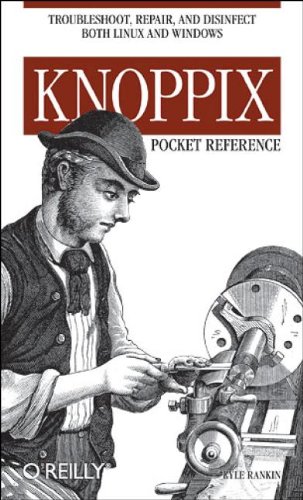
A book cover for Knoppix Pocket Reference; Kyle Rankin; Computers & Technology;